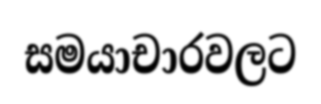
සමයාචාරවලට